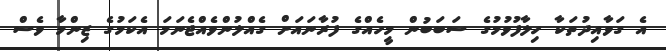
އެ ގަވާއިދުތަކާ ހިލާފުވުމުގެ ސަބަބުން މީހެއްގެ ފުރާނައަށް ގެއްލުންވެއްޖެނަމަ އެކަމުގެ ޒިންމާ ވެސް